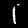
Digit: 1